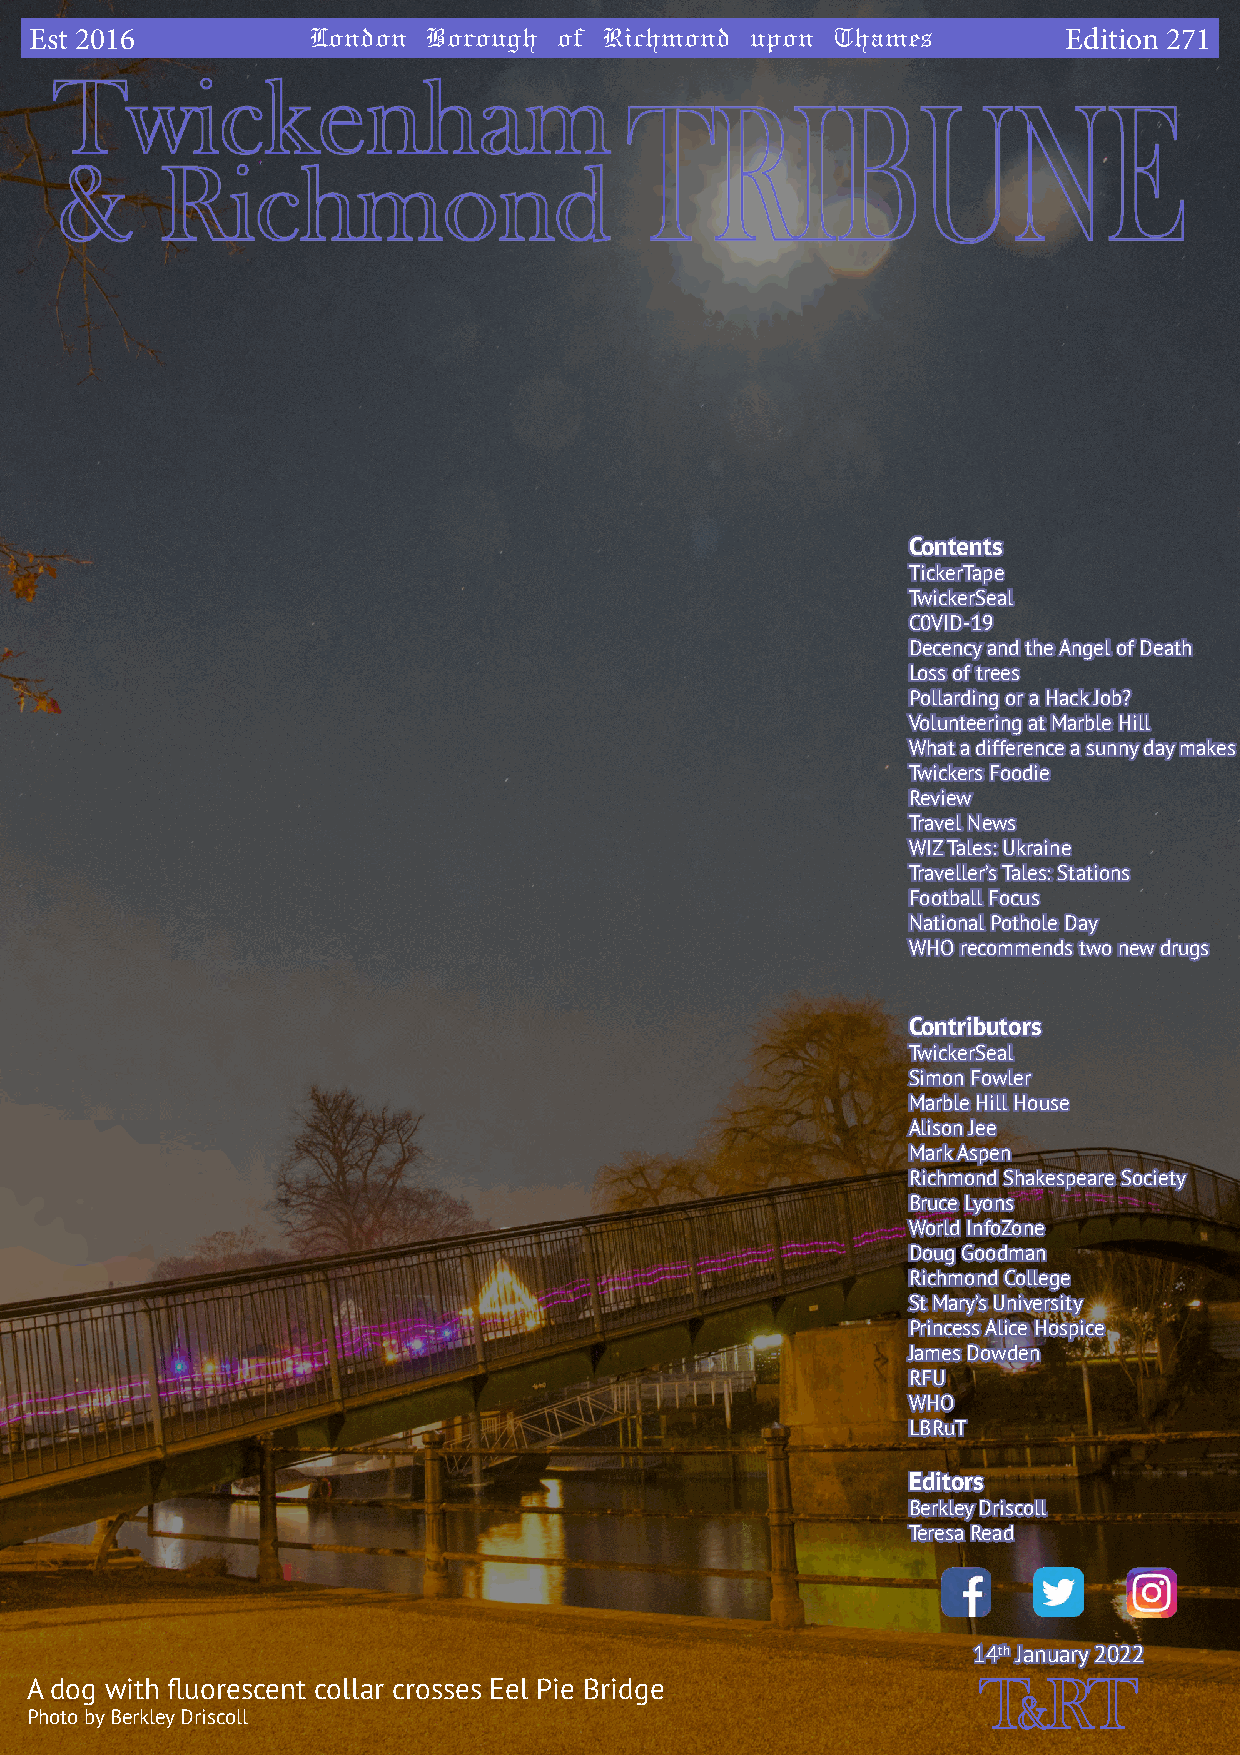
Est 2016          London  Borough  of Richmond  upon Thames          Edition 271
 Contents
 TickerTape
 TwickerSeal
 C0VID-19
 Decency and the Angel of Death
 Loss of trees
 Pollarding or a Hack Job?
 Volunteering at Marble Hill
 What a difference a sunny day makes
 Twickers Foodie
 Review
 Travel News
 WIZ Tales: Ukraine
 Traveller’s Tales: Stations
 Football Focus
 National Pothole Day
 WHO recommends two new drugs
 Contributors
 TwickerSeal
 Simon Fowler
 Marble Hill House
 Alison Jee
 Mark Aspen
 Richmond Shakespeare Society
 Bruce Lyons
 World InfoZone
 Doug Goodman
 Richmond College
 St Mary’s University
 Princess Alice Hospice
 James Dowden
 RFU
 WHO
 LBRuT
 Editors
 Berkley Driscoll
 Teresa Read
 14th January 2022
 A dog with fluorescent collar crosses Eel Pie Bridge
 Photo by Berkley Driscoll